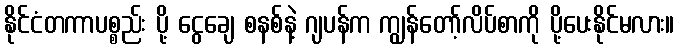
နိုင်ငံတကာပစ္စည်း ပို့ ငွေချေ စနစ်နဲ့ ဂျပန်က ကျွန်တော့်လိပ်စာကို ပို့ပေးနိုင်မလား။